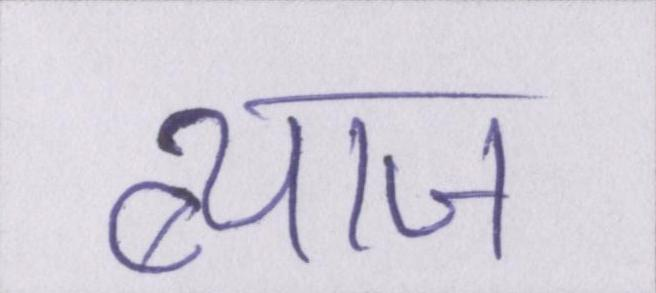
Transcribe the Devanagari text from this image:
ब्याज